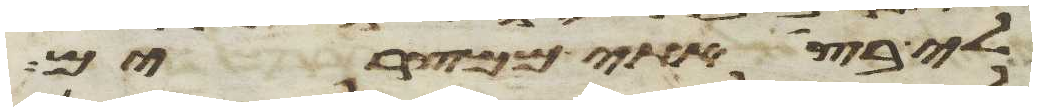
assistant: לי בצאתי ממצרים